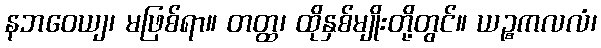
နဘဝေယျ၊ မဖြစ်ရာ။ တတ္ထ၊ ထိုနှစ်မျိုးတို့တွင်။ ယဉ္စကလလံ၊